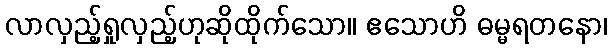
လာလှည့်ရှုလှည့်ဟုဆိုထိုက်သော။ ဧသောဟိ ဓမ္မရတနော၊